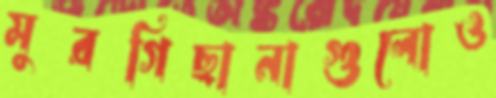
মুরগিছানাগুলোও